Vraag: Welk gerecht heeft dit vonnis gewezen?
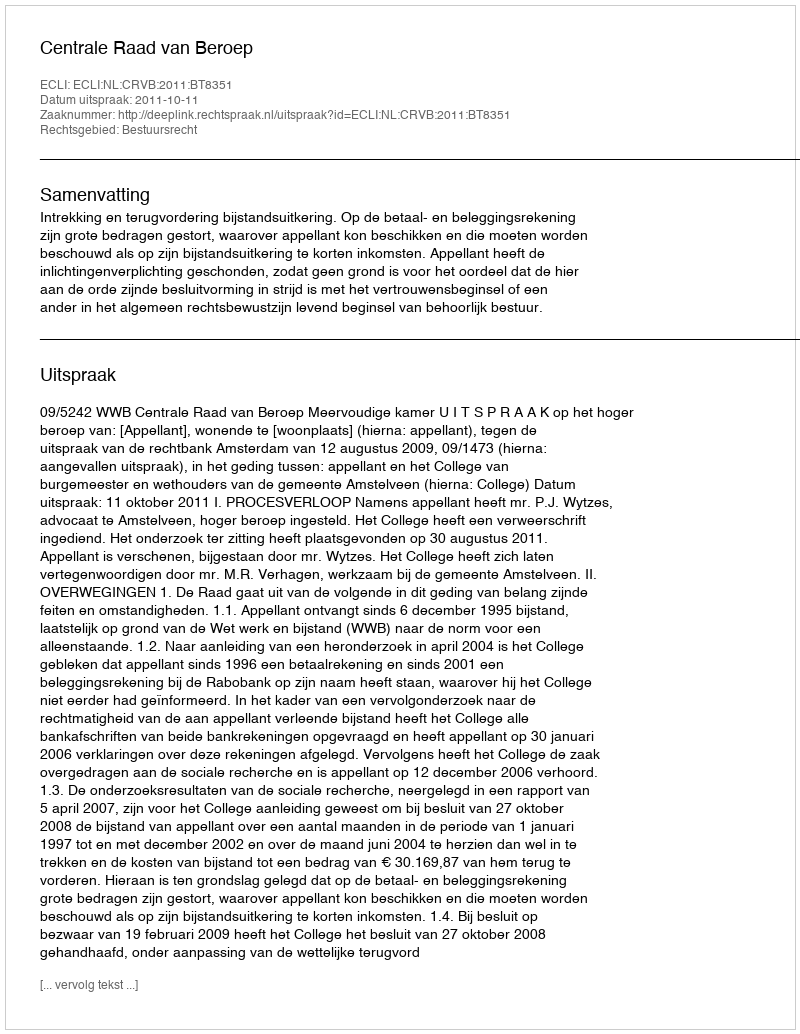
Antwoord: Centrale Raad van Beroep